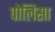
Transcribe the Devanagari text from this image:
पोलिसा